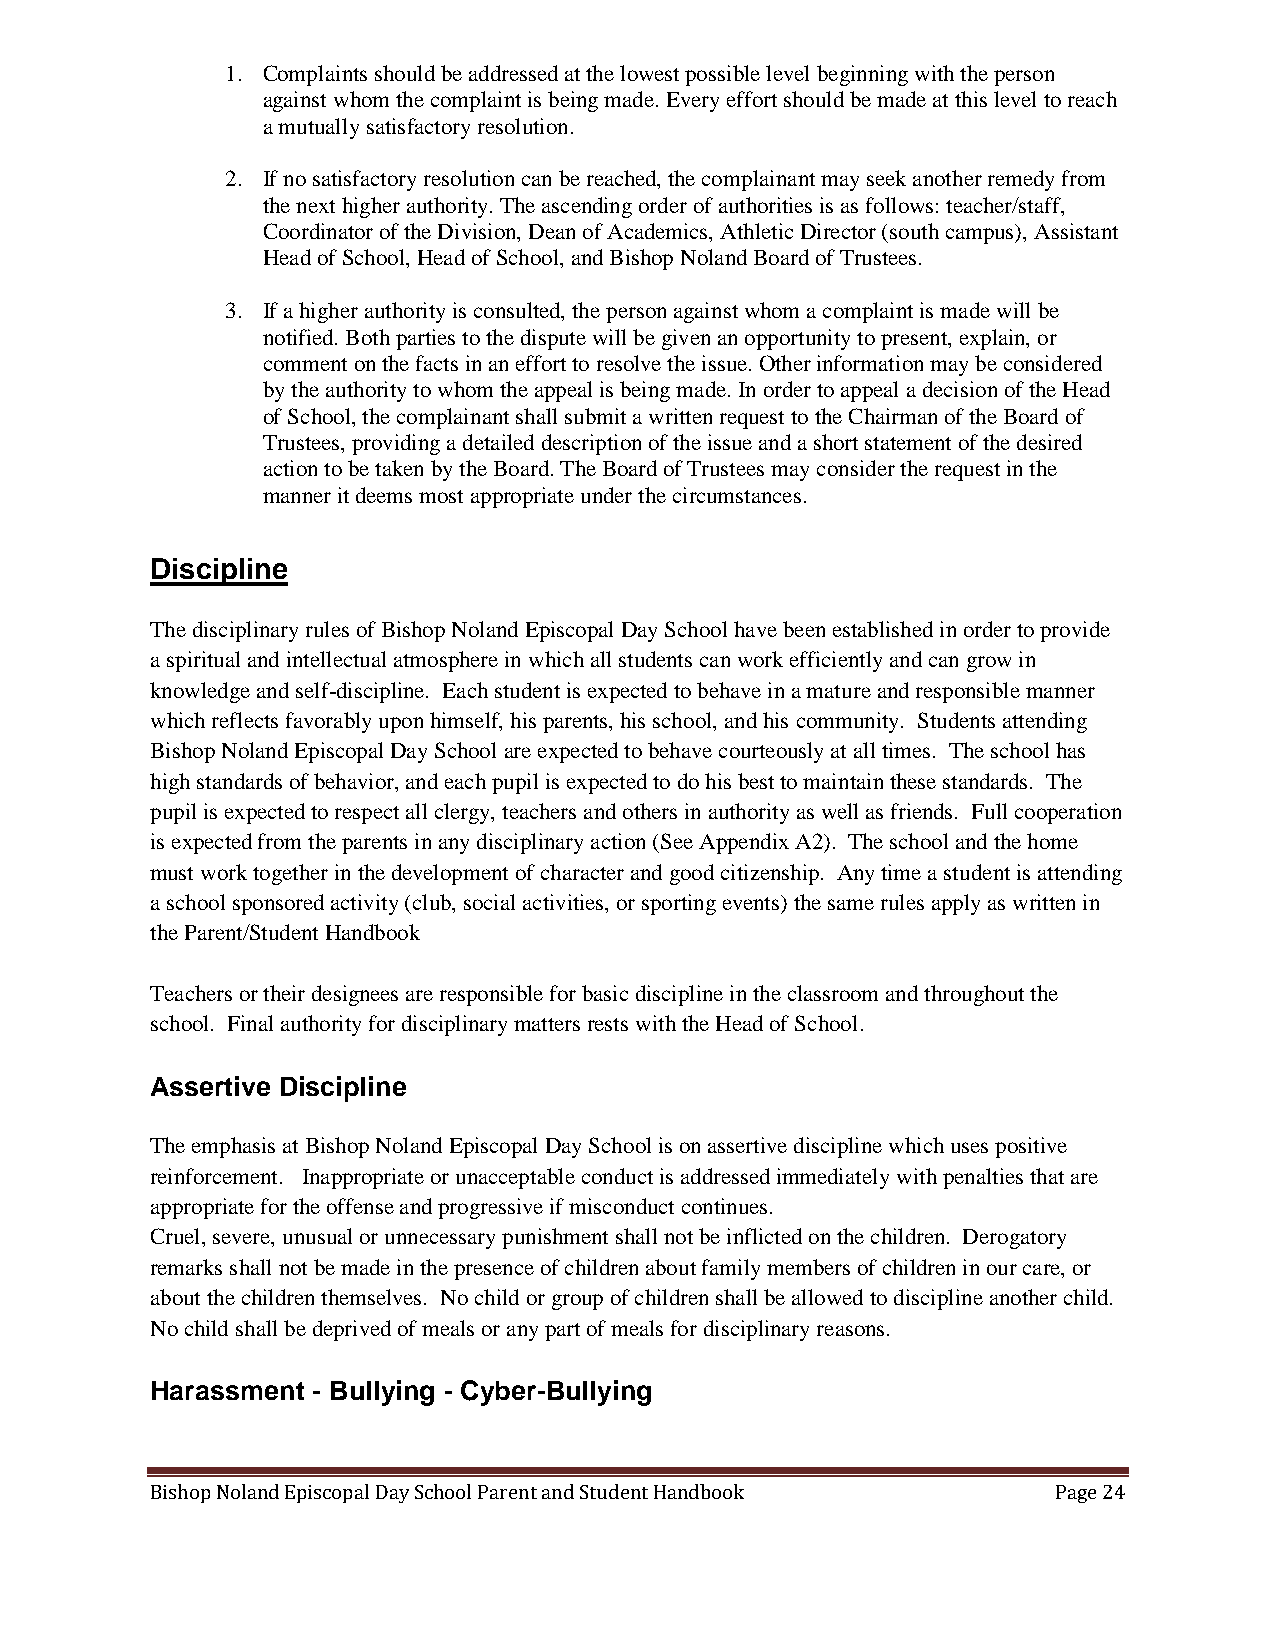
1. Complaints should be addressed at the lowest possible level beginning with the person
 against whom the complaint is being made. Every effort should be made at this level to reach
 a mutually satisfactory resolution.
 2. If no satisfactory resolution can be reached, the complainant may seek another remedy from
 the next higher authority. The ascending order of authorities is as follows: teacher/staff,
 Coordinator of the Division, Dean of Academics, Athletic Director (south campus), Assistant
 Head of School, Head of School, and Bishop Noland Board of Trustees.
 3. If a higher authority is consulted, the person against whom a complaint is made will be
 notified. Both parties to the dispute will be given an opportunity to present, explain, or
 comment on the facts in an effort to resolve the issue. Other information may be considered
 by the authority to whom the appeal is being made. In order to appeal a decision of the Head
 of School, the complainant shall submit a written request to the Chairman of the Board of
 Trustees, providing a detailed description of the issue and a short statement of the desired
 action to be taken by the Board. The Board of Trustees may consider the request in the
 manner it deems most appropriate under the circumstances.
 Discipline
 The disciplinary rules of Bishop Noland Episcopal Day School have been established in order to provide
 a spiritual and intellectual atmosphere in which all students can work efficiently and can grow in
 knowledge and self-discipline. Each student is expected to behave in a mature and responsible manner
 which reflects favorably upon himself, his parents, his school, and his community. Students attending
 Bishop Noland Episcopal Day School are expected to behave courteously at all times. The school has
 high standards of behavior, and each pupil is expected to do his best to maintain these standards. The
 pupil is expected to respect all clergy, teachers and others in authority as well as friends. Full cooperation
 is expected from the parents in any disciplinary action (See Appendix A2). The school and the home
 must work together in the development of character and good citizenship. Any time a student is attending
 a school sponsored activity (club, social activities, or sporting events) the same rules apply as written in
 the Parent/Student Handbook
 Teachers or their designees are responsible for basic discipline in the classroom and throughout the
 school. Final authority for disciplinary matters rests with the Head of School.
 Assertive Discipline
 The emphasis at Bishop Noland Episcopal Day School is on assertive discipline which uses positive
 reinforcement. Inappropriate or unacceptable conduct is addressed immediately with penalties that are
 appropriate for the offense and progressive if misconduct continues.
 Cruel, severe, unusual or unnecessary punishment shall not be inflicted on the children. Derogatory
 remarks shall not be made in the presence of children about family members of children in our care, or
 about the children themselves. No child or group of children shall be allowed to discipline another child.
 No child shall be deprived of meals or any part of meals for disciplinary reasons.
 Harassment - Bullying - Cyber-Bullying
 Bishop Noland Episcopal Day School Parent and Student Handbook Page 24